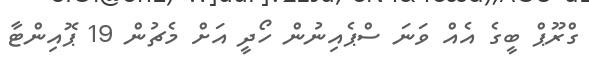
ގްރޫޕް ބީގެ އެއް ވަނަ ސްޕެއިނުން ހޯދީ އަށް މެޗުން 19 ޕޮއިންޓާ